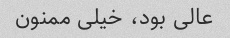
عالی بود، خیلی ممنون